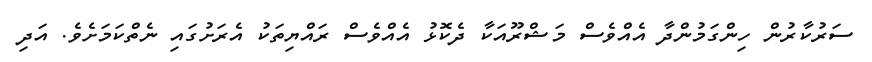
ސަރުކާރުން ހިންގަމުންދާ އެއްވެސް މަޝްރޫއަކާ ދެކޮޅު އެއްވެސް ރައްޔިތަކު އެރަށުގައި ނެތްކަމަށެވެ. އަދި